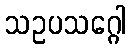
သဥပသဂ္ဂေါ